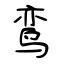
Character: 鸾